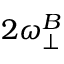
2 \omega _ { \perp } ^ { B }